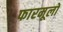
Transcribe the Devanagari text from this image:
फारमूलों